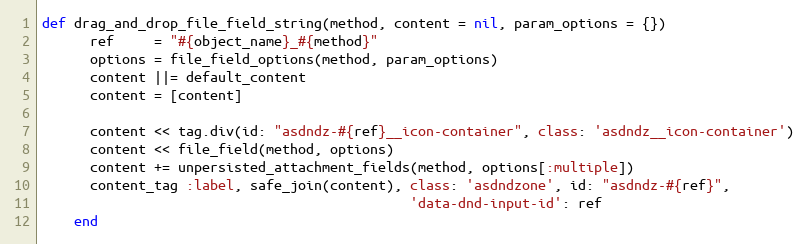
Language: Ruby
def drag_and_drop_file_field_string(method, content = nil, param_options = {})
      ref     = "#{object_name}_#{method}"
      options = file_field_options(method, param_options)
      content ||= default_content
      content = [content]

      content << tag.div(id: "asdndz-#{ref}__icon-container", class: 'asdndz__icon-container')
      content << file_field(method, options)
      content += unpersisted_attachment_fields(method, options[:multiple])
      content_tag :label, safe_join(content), class: 'asdndzone', id: "asdndz-#{ref}",
                                              'data-dnd-input-id': ref
    end